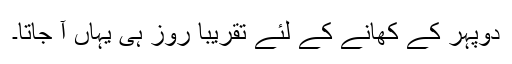
دوپہر کے کھانے کے لئے تقریباً روز ہی یہاں آ جاتا۔